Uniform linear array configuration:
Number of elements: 24
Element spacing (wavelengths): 0.5
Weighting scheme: blackman
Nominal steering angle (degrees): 15
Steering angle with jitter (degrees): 13.379
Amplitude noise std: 0.05
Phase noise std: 0.05

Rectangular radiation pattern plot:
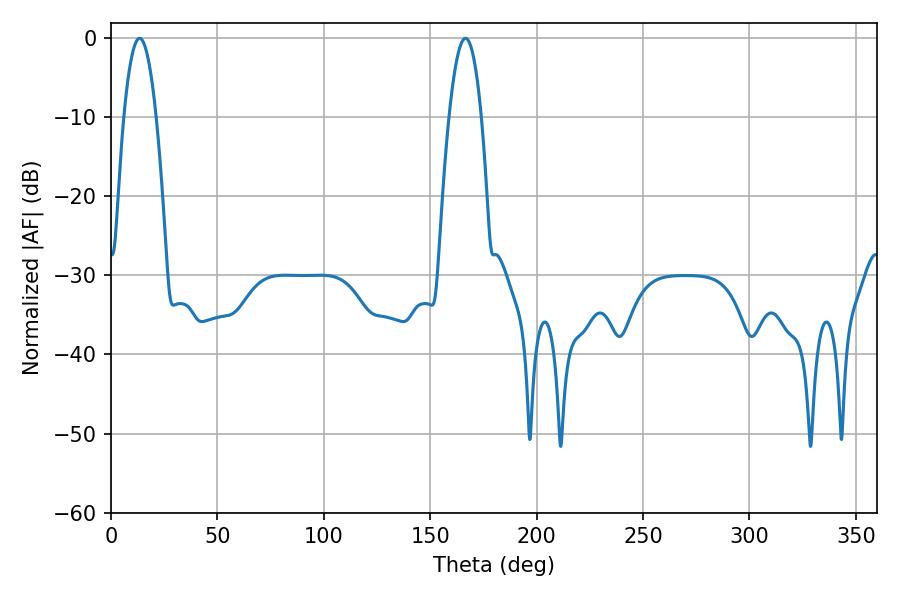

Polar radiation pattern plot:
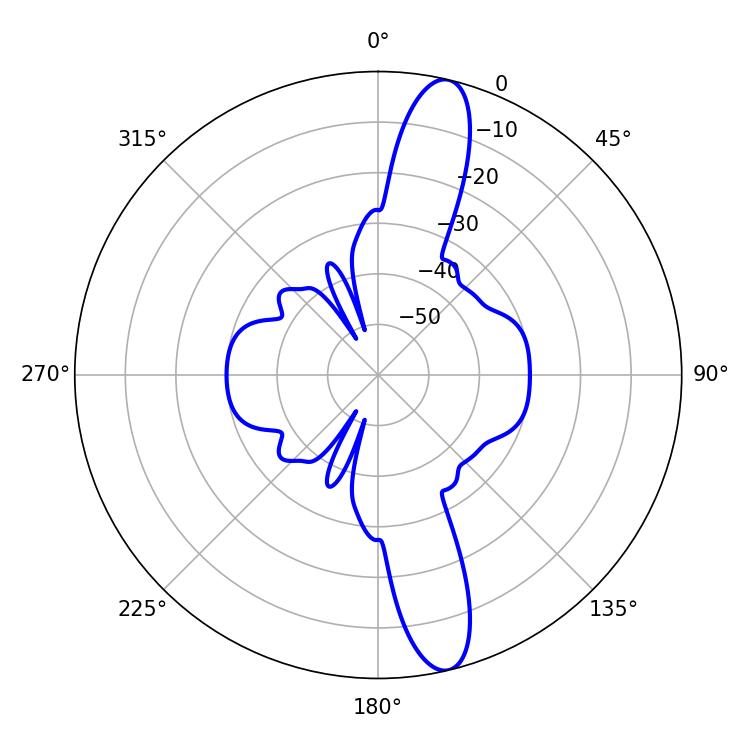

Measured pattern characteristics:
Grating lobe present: FALSE
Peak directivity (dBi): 14.348
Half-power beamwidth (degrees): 8.28
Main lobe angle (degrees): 13.5